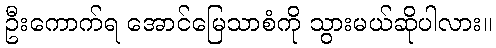
ဦးကောက်ရ အောင်မြေသာစံကို သွားမယ်ဆိုပါလား။